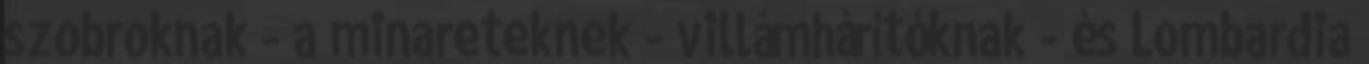
szobroknak - a minareteknek - villámhárítóknak - és Lombardia